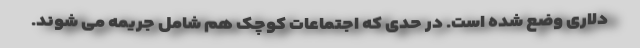
دلاری وضع شده است. در حدی که اجتماعات کوچک هم شامل جریمه می شوند.